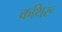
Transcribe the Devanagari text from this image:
कथिरू